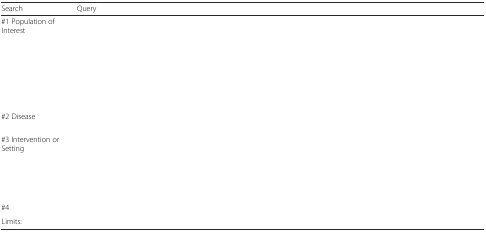
<table><thead><tr><td><b>Search</b></td><td><b>Query</b></td></tr></thead><tbody><tr><td>#1 Population of Interest</td><td>[EMPTY_CELL]</td></tr><tr><td>#2 Disease</td><td>[EMPTY_CELL]</td></tr><tr><td>#3 Intervention or Setting</td><td>[EMPTY_CELL]</td></tr><tr><td>#4</td><td>[EMPTY_CELL]</td></tr><tr><td>Limits:</td><td>[EMPTY_CELL]</td></tr></tbody></table>